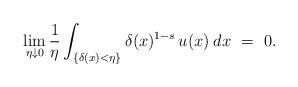
LaTeX: \begin{align*}\lim_{\eta\downarrow 0}\frac 1\eta\int_{\{\delta(x)<\eta\}}\delta(x)^{1-s}\, u(x)\:dx\ =\ 0.\end{align*}